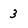
Character: 3